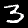
Digit: 3